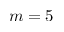
m = 5